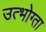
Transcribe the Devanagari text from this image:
उत्भोग्ता